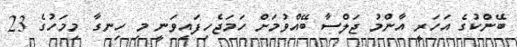
ބޭންކުގެ އަހަރީ އާންމު ޖަލްސާ ބޭއްވުމަށް ހަމަޖެހިފައިވަނީ މި ހިނގާ މިމަހުގެ 23